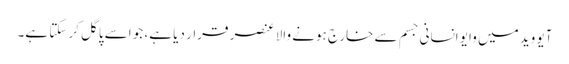
آیو وید میں وایو انسانی جسم سے خارج ہونے والا عنصر قرار دیا ہے، جو اسے پاگل کر سکتا ہے۔